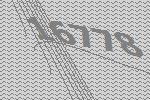
16778